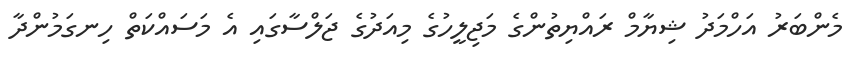
މެންބަރު އަހްމަދު ޝިޔާމް ރައްޔިތުންގެ މަޖިލީހުގެ މިއަދުގެ ޖަލްސާގައި އެ މަސައްކަތް ހިނގަމުންދާ